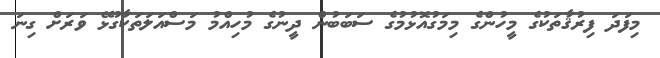
މިފަދަ ފިރުޤާތަކުގެ މީހުންގެ މިމަގުއޮޅުމުގެ ސަބަބުން ދީނުގެ މުހިއްމު މަސްއަލަތަކާގުޅޭ ވަރަށް ގިނަ